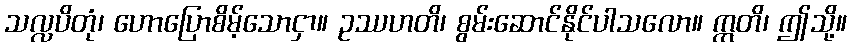
သလ္လပိတုံ၊ ဟောပြောစိမ့်သောငှာ။ ဥဿဟတိ၊ စွမ်းဆောင်နိုင်ပါသလော။ ဣတိ၊ ဤသို့။